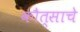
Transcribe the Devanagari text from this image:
कौत्साचे